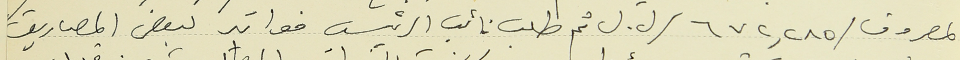
المصروف /٦٧٢,٢٨٥/ ل. ل ثم طلب نائب الرئيس فواتير لبعض المصاريف